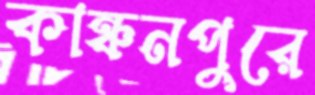
কাঞ্চনপুরে